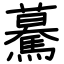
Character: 驀